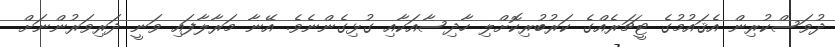
ދުވަސްކުރިން އެޤައުމުގެ ޓީޗަރެއްގެ ކަރުބުރިކޮށްލި ހާދިސާއަކާއި ގުޅިގެންނެވެ. އޭނާ މަރާލާފައި ވަނީ ދަރިވަރުންނަށް